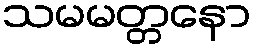
သမမတ္တနော